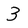
Character: 3